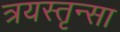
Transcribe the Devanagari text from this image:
त्रयस्तृन्सा